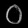
Digit: ၀